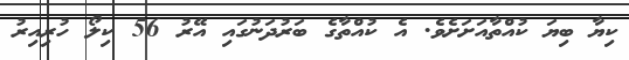
ކިޔާ ބިޔަ ކުއްތާއަށަށެވެ. އެ ކުއްތާގެ ބަރުދަނުގައި އޭރު 56 ކިލޯ ހުރިއިރު